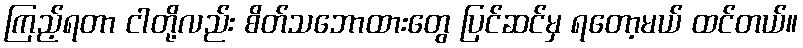
ကြည့်ရတာ ငါတို့လည်း စိတ်သဘောထားတွေ ပြင်ဆင်မှ ရတော့မယ် ထင်တယ်။